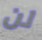
لن